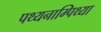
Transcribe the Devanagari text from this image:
पथ्यनाम्पिथ्या